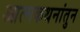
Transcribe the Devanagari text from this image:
आत्मकथनांतुन